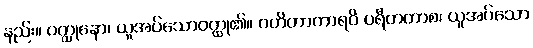
နည်း။ ဝတ္ထုနော၊ ယူအပ်သောဝတ္ထု၏။ ဂဟိတာကာရဝိ ပရီတတာစ၊ ယူအပ်သော